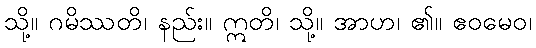
သို့။ ဂမိဿတိ၊ နည်း။ ဣတိ၊ သို့။ အာဟ၊ ၏။ ဧဝမေဝ၊